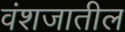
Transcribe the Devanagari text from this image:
वंशजातील